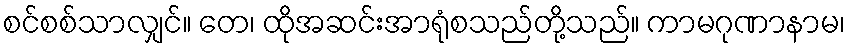
စင်စစ်သာလျှင်။ တေ၊ ထိုအဆင်းအာရုံစသည်တို့သည်။ ကာမဂုဏာနာမ၊